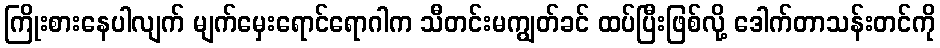
ကြိုးစားနေပါလျက် မျက်မှေးရောင်ရောဂါက သီတင်းမကျွတ်ခင် ထပ်ပြီးဖြစ်လို့ ဒေါက်တာသန်းတင်ကို